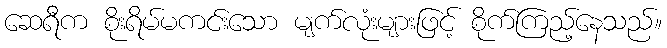
ဆေရီက စိုးရိမ်မကင်းသော မျက်လုံးများဖြင့် စိုက်ကြည့်နေသည်။